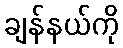
ချန်နယ်ကို